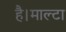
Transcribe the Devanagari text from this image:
है।माल्टा